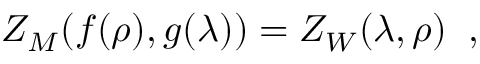
Z _ { M } ( f ( \rho ) , g ( \lambda ) ) = Z _ { W } ( \lambda , \rho ) \; \; ,